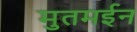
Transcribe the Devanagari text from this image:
मुतमईन